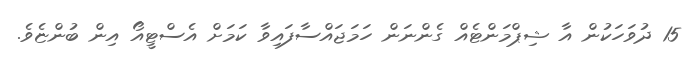
15 ދުވަހަކުން އާ ޝިޕްމަންޓެއް ގެންނަން ހަމަޖައްސާފައިވާ ކަމަށް އެސްޓީއޯ އިން ބުންޏެވެ.